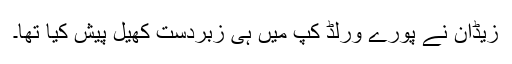
زیڈان نے پورے ورلڈ کپ میں ہی زبردست کھیل پیش کیا تھا۔